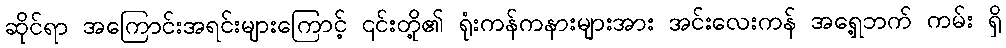
ဆိုင်ရာ အကြောင်းအရင်းများကြောင့် ၎င်းတို့၏ ရုံးကန်ကနားများအား အင်းလေးကန် အရှေ့ဘက် ကမ်း ရှိ